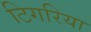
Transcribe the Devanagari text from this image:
टिगरिया